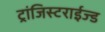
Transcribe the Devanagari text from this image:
ट्रांजिस्टराईज्ड